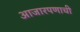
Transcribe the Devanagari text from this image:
आजारपणाची